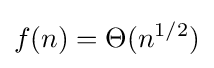
f(n)=\Theta (n^{1/2})